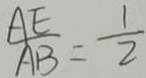
\frac { A E } { A B } = \frac { 1 } { 2 }